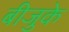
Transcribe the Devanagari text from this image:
बीजुके